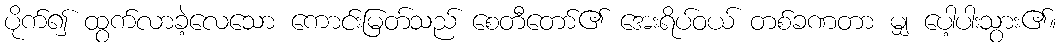
ပိုက်၍ ထွက်လာခဲ့လေသော ကောင်းမြတ်သည် စေတီတော်၏ အေးရိပ်ဝယ် တစ်ခဏတာ မျှ ပေါ့ပါးသွား၏။